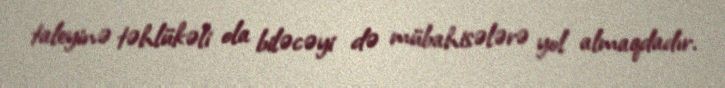
taleyinə təhlükəli ola biləcəyi də mübahisələrə yol almaqdadır.